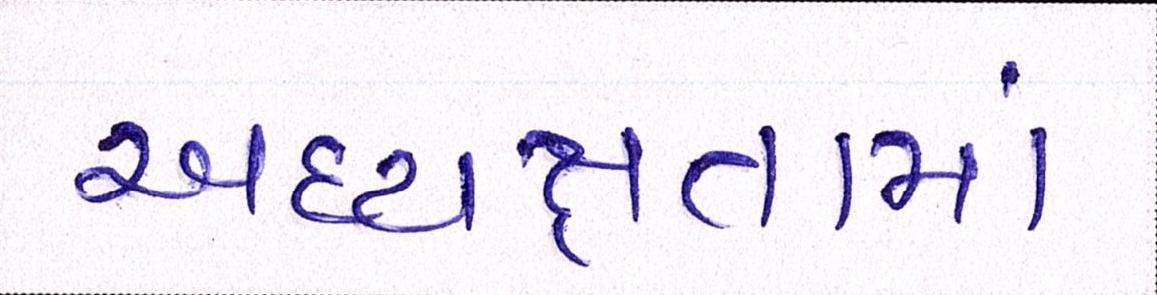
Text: અધ્યક્ષતામાં